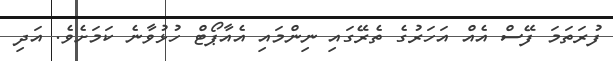
ފުރަތަމަ ފޭސް އެއް އަހަރުގެ ތެރޭގައި ނިންމައި އެއާޕޯޓް ހުޅުވާނެ ކަމަށެވެ. އަދި